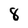
Character: 8